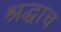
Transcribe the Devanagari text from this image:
श्रद्धाच